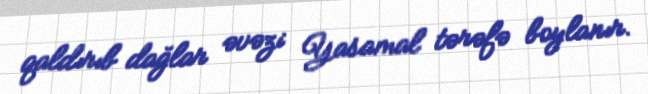
qaldırıb dağlar əvəzi Yasamal tərəfə boylanır.